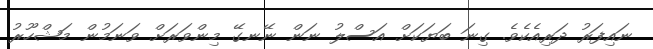
ނައިފަރު ދަރިއެކެވެ. ގިނަ ބަޔަކަށް އަސްލު ނަން ނޭނގޭ މިންވަރަށް ވަނަމުން މަޝްހޫރު